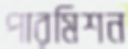
পারমিশন